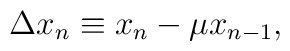
\Delta x_n\equiv x_n-\mu x_{n-1},